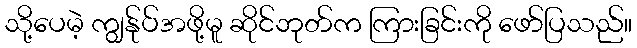
သို့ပေမဲ့ ကျွန်ုပ်အဖို့မူ ဆိုင်ဘုတ်က ကြားခြင်းကို ဖော်ပြသည်။